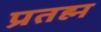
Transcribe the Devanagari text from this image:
प्रतह्म